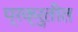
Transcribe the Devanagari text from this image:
प्रक्रुतीत